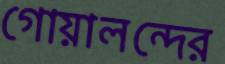
গোয়ালন্দের